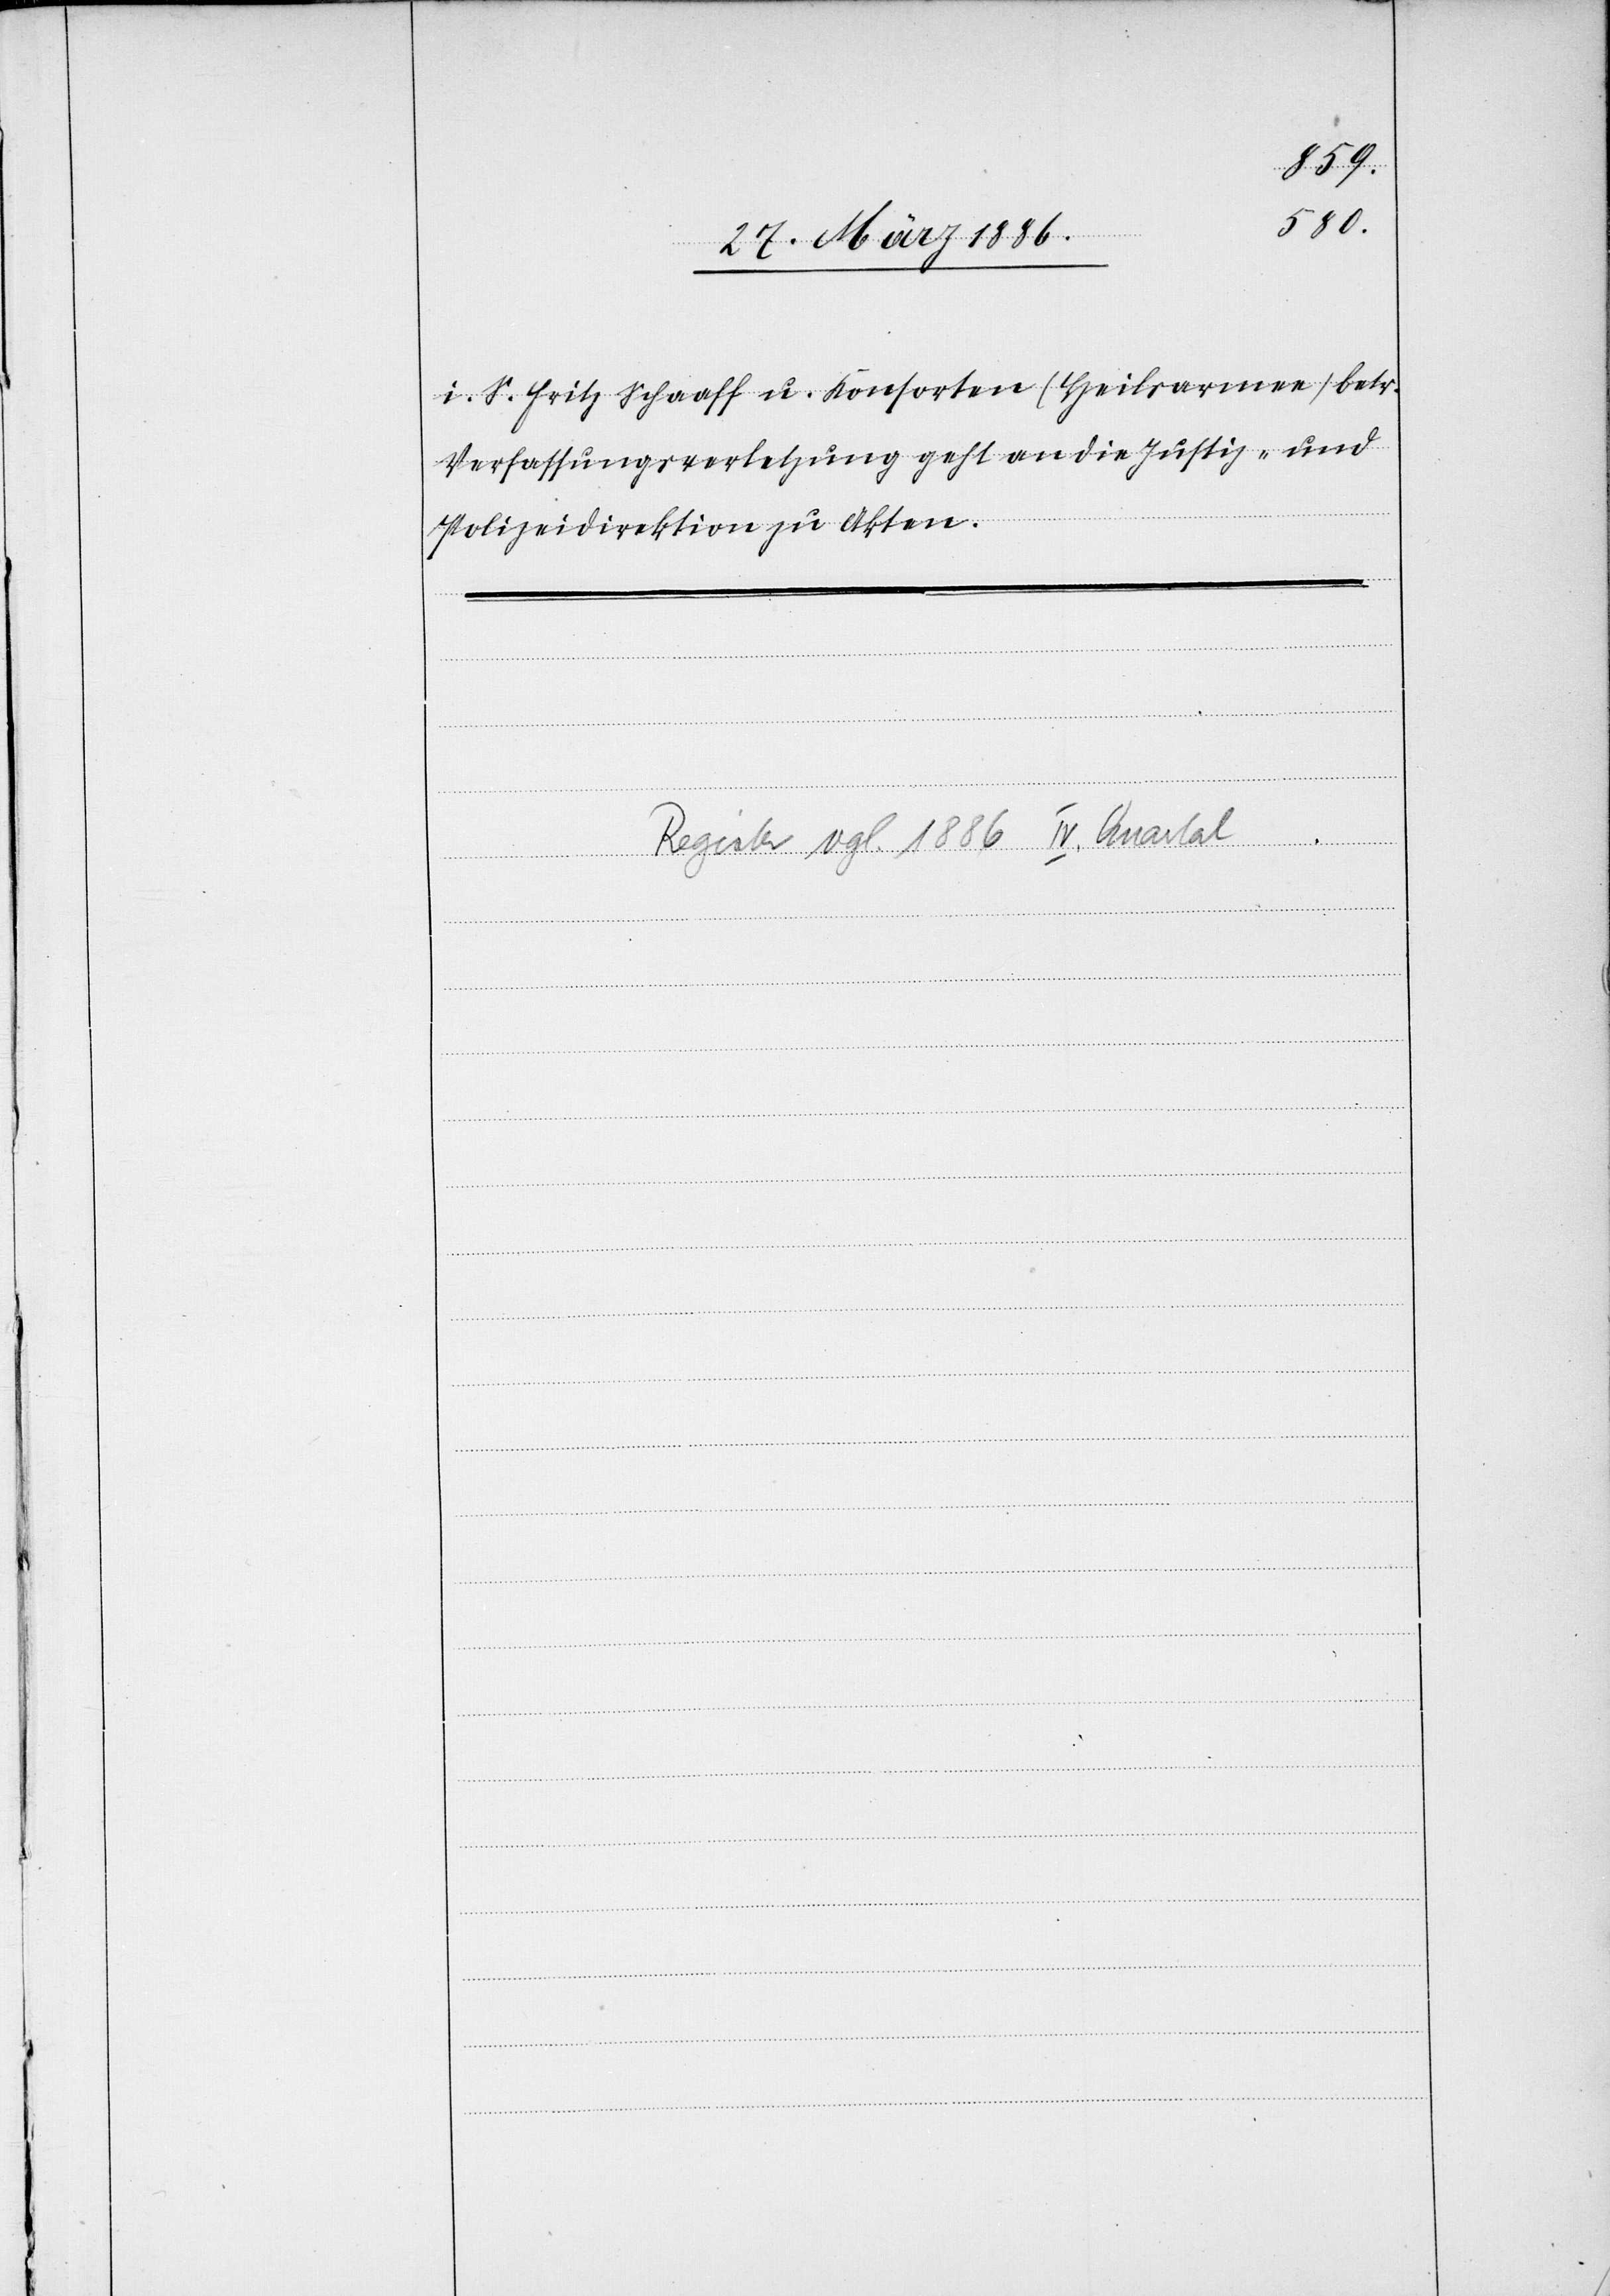
i. S. Fritz Schaaf u. Konsorten (Heilsarmee) betr.
Verfassungsverletzung geht an die Justiz- und
Polizeidirektion zu Akten.